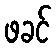
ဖခင်